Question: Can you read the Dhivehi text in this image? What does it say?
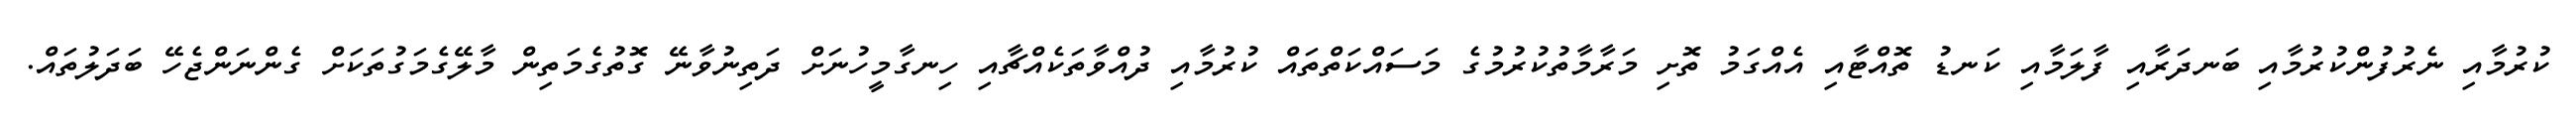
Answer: ކުރުމާއި ނެރުފުންކުރުމާއި ބަނދަރާއި ފާލަމާއި ކަނޑު ތޮއްޓާއި އެއްގަމު ތޮށި މަރާމާތުކުރުމުގެ މަސައްކަތްތައް ކުރުމާއި ދުއްވާތަކެއްޗާއި ހިނގާމީހުނަށް ދަތިނުވާނޭ ގޮތުގެމަތިން މާލޭގެމަގުތަކަށް ގެންނަންޖެހޭ ބަދަލުތައް.